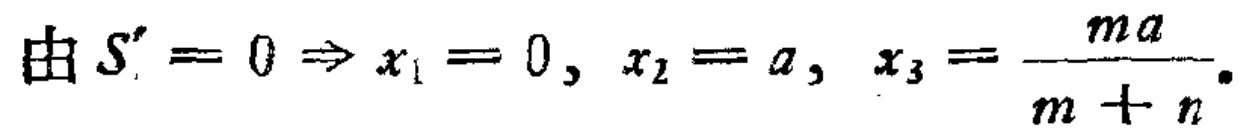
由 \(S' = 0 \Rightarrow x_1 = 0,\ x_2 = a,\ x_3 = \frac{ma}{m + n}\)。